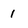
Character: I